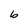
Character: b